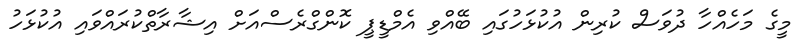
މީގެ މަހެއްހާ ދުވަސް ކުރިން އުކުޅަހުގައި ބޭއްވި އެމްޑީޕީ ކޮންގްރެސްއަށް އިޝާރާތްކުރައްވައި އުކުޅަހު